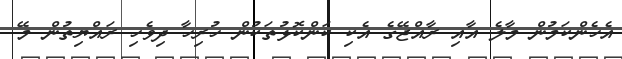
އެހެންކަމުން މާލެ އާއި ރާއްޖޭގެ އެކި ކަންކޮޅުތަކުން ހުރިހާ ދިވެހި ރައްޔިތުން މޭ